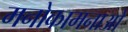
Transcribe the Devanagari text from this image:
मनोकामनाओ